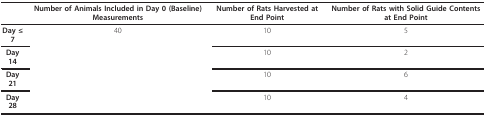
|  | Number of Animals Included in Day 0 (Baseline) Measurements | Number of Rats Harvested at End Point | Number of Rats with Solid Guide Contents at End Point |
 | --- | --- | --- | --- |
 | Day ≤ 7 | 40 | 10 | 5 |
 | Day 14 |  | 10 | 2 |
 | Day 21 |  | 10 | 6 |
 | Day 28 |  | 10 | 4 |